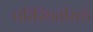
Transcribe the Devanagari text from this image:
परिस्थितीमधे